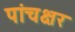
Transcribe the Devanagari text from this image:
पांचक्षर